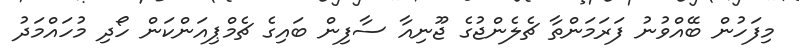
މިފަހުން ބޭއްވުނު ފަރަމަންތާ ޗެލެންޖުގެ ޖޫނިއާ ސާފިން ބައިގެ ޗެމްޕިއަންކަން ހޯދި މުހައްމަދު